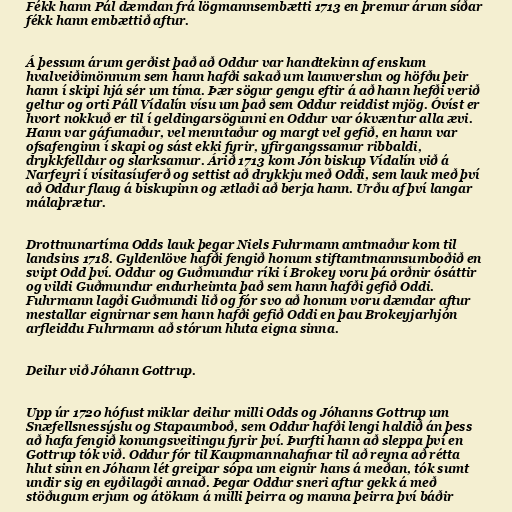
Fékk hann Pál dæmdan frá lögmannsembætti 1713 en þremur árum síðar
fékk hann embættið aftur.

Á þessum árum gerðist það að Oddur var handtekinn af enskum
hvalveiðimönnum sem hann hafði sakað um launverslun og höfðu þeir
hann í skipi hjá sér um tíma. Þær sögur gengu eftir á að hann hefði verið
geltur og orti Páll Vídalín vísu um það sem Oddur reiddist mjög. Óvíst er
hvort nokkuð er til í geldingarsögunni en Oddur var ókvæntur alla ævi.
Hann var gáfumaður, vel menntaður og margt vel gefið, en hann var
ofsafenginn í skapi og sást ekki fyrir, yfirgangssamur ribbaldi,
drykkfelldur og slarksamur. Árið 1713 kom Jón biskup Vídalín við á
Narfeyri í vísitasíuferð og settist að drykkju með Oddi, sem lauk með því
að Oddur flaug á biskupinn og ætlaði að berja hann. Urðu af því langar
málaþrætur.

Drottnunartíma Odds lauk þegar Niels Fuhrmann amtmaður kom til
landsins 1718. Gyldenlöve hafði fengið honum stiftamtmannsumboðið en
svipt Odd því. Oddur og Guðmundur ríki í Brokey voru þá orðnir ósáttir
og vildi Guðmundur endurheimta það sem hann hafði gefið Oddi.
Fuhrmann lagði Guðmundi lið og fór svo að honum voru dæmdar aftur
mestallar eignirnar sem hann hafði gefið Oddi en þau Brokeyjarhjón
arfleiddu Fuhrmann að stórum hluta eigna sinna.

Deilur við Jóhann Gottrup.

Upp úr 1720 hófust miklar deilur milli Odds og Jóhanns Gottrup um
Snæfellsnessýslu og Stapaumboð, sem Oddur hafði lengi haldið án þess
að hafa fengið konungsveitingu fyrir því. Þurfti hann að sleppa því en
Gottrup tók við. Oddur fór til Kaupmannahafnar til að reyna að rétta
hlut sinn en Jóhann lét greipar sópa um eignir hans á meðan, tók sumt
undir sig en eyðilagði annað. Þegar Oddur sneri aftur gekk á með
stöðugum erjum og átökum á milli þeirra og manna þeirra því báðir